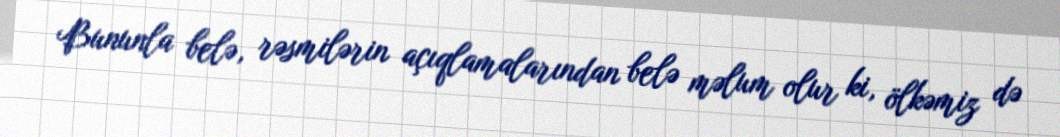
Bununla belə, rəsmilərin açıqlamalarından belə məlum olur ki, ölkəmiz də